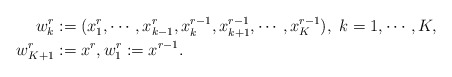
\begin{align*}w^r_k&:=(x^{r}_1,\cdots, x^{r}_{k-1}, x^{r-1}_{k}, x^{r-1}_{k+1}, \cdots, x^{r-1}_K), \ k=1,\cdots, K,\\\ w^{r}_{K+1}&:=x^r, w^{r}_{1}:=x^{r-1} .\end{align*}